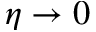
\eta \to 0